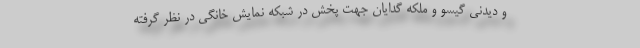
و دیدنی گیسو و ملکه گدایان جهت پخش در شبکه نمایش خانگی در نظر گرفته